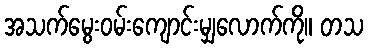
အသက်မွေးဝမ်းကျောင်းမျှလောက်ကို။ တသ